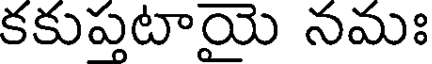
కకుప్తటాయై నమః